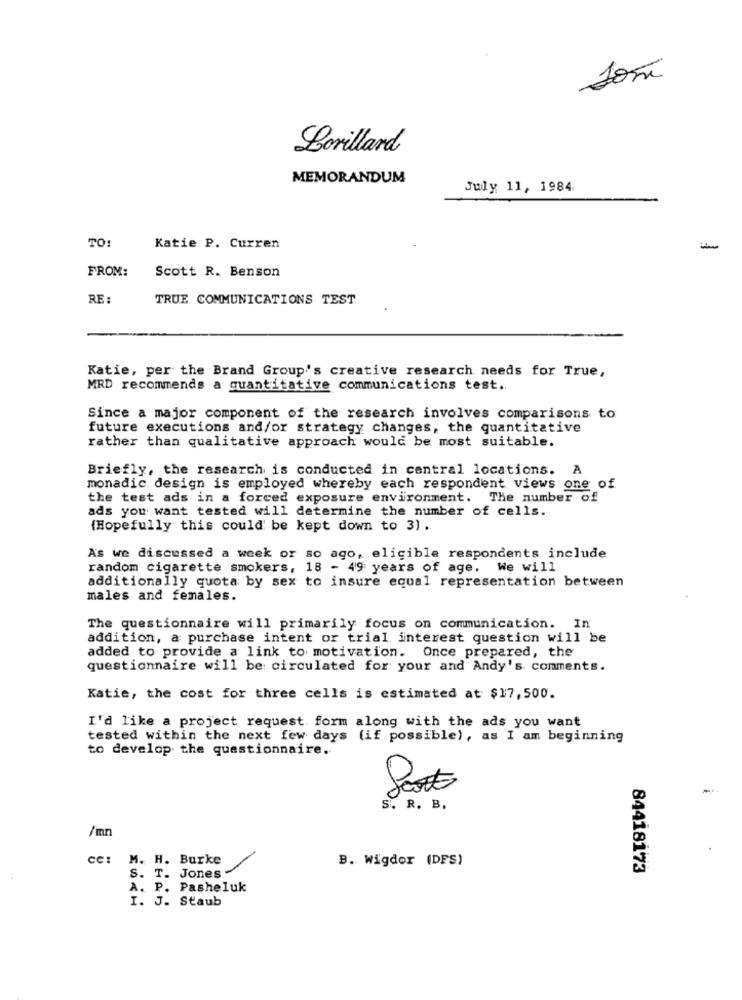
José
Lorillard
MEMORANDUM
July 11, 1984
TO
Katie P. Curren
FROM:
Scott R. Benson
RE :
TRUE COMMUNICATIONS TEST
Katie, per the Brand Group's creative research needs for True,
MRD recommends a quantitative communications test ..
Since a major component of the research involves comparisons to
future executions and/or strategy changes, the quantitative
rather than qualitative approach would be most suitable.
Briefly, the research is conducted in central locations. A
monadic design is employed whereby each respondent views one of
the test ads in a forced exposure environment. The number of
ads you want tested will determine the number of cells.
(Hopefully this could be kept down to 3) .
As we discussed a week or so ago, eligible respondents include
random cigarette smokers, 18 - 49 years of age, We will
additionally quota by sex to insure equal representation between
males and females.
The questionnaire will primarily focus on communication. In
addition, a purchase intent or trial interest question will be
added to provide a link to motivation. Once prepared, the
questionnaire will be circulated for your and Andy's comments.
Katie, the cost for three cells is estimated at $17, 500.
I'd like a project request form along with the ads you want
tested within the next few days (if possible), as I am beginning
to develop the questionnaire.
S. R. B.
/mn
cc: M. H. Burke
B. Wigdor (DFS)
84418173
S. T. Jones -
A. P. Pasheluk
I. J. Staub